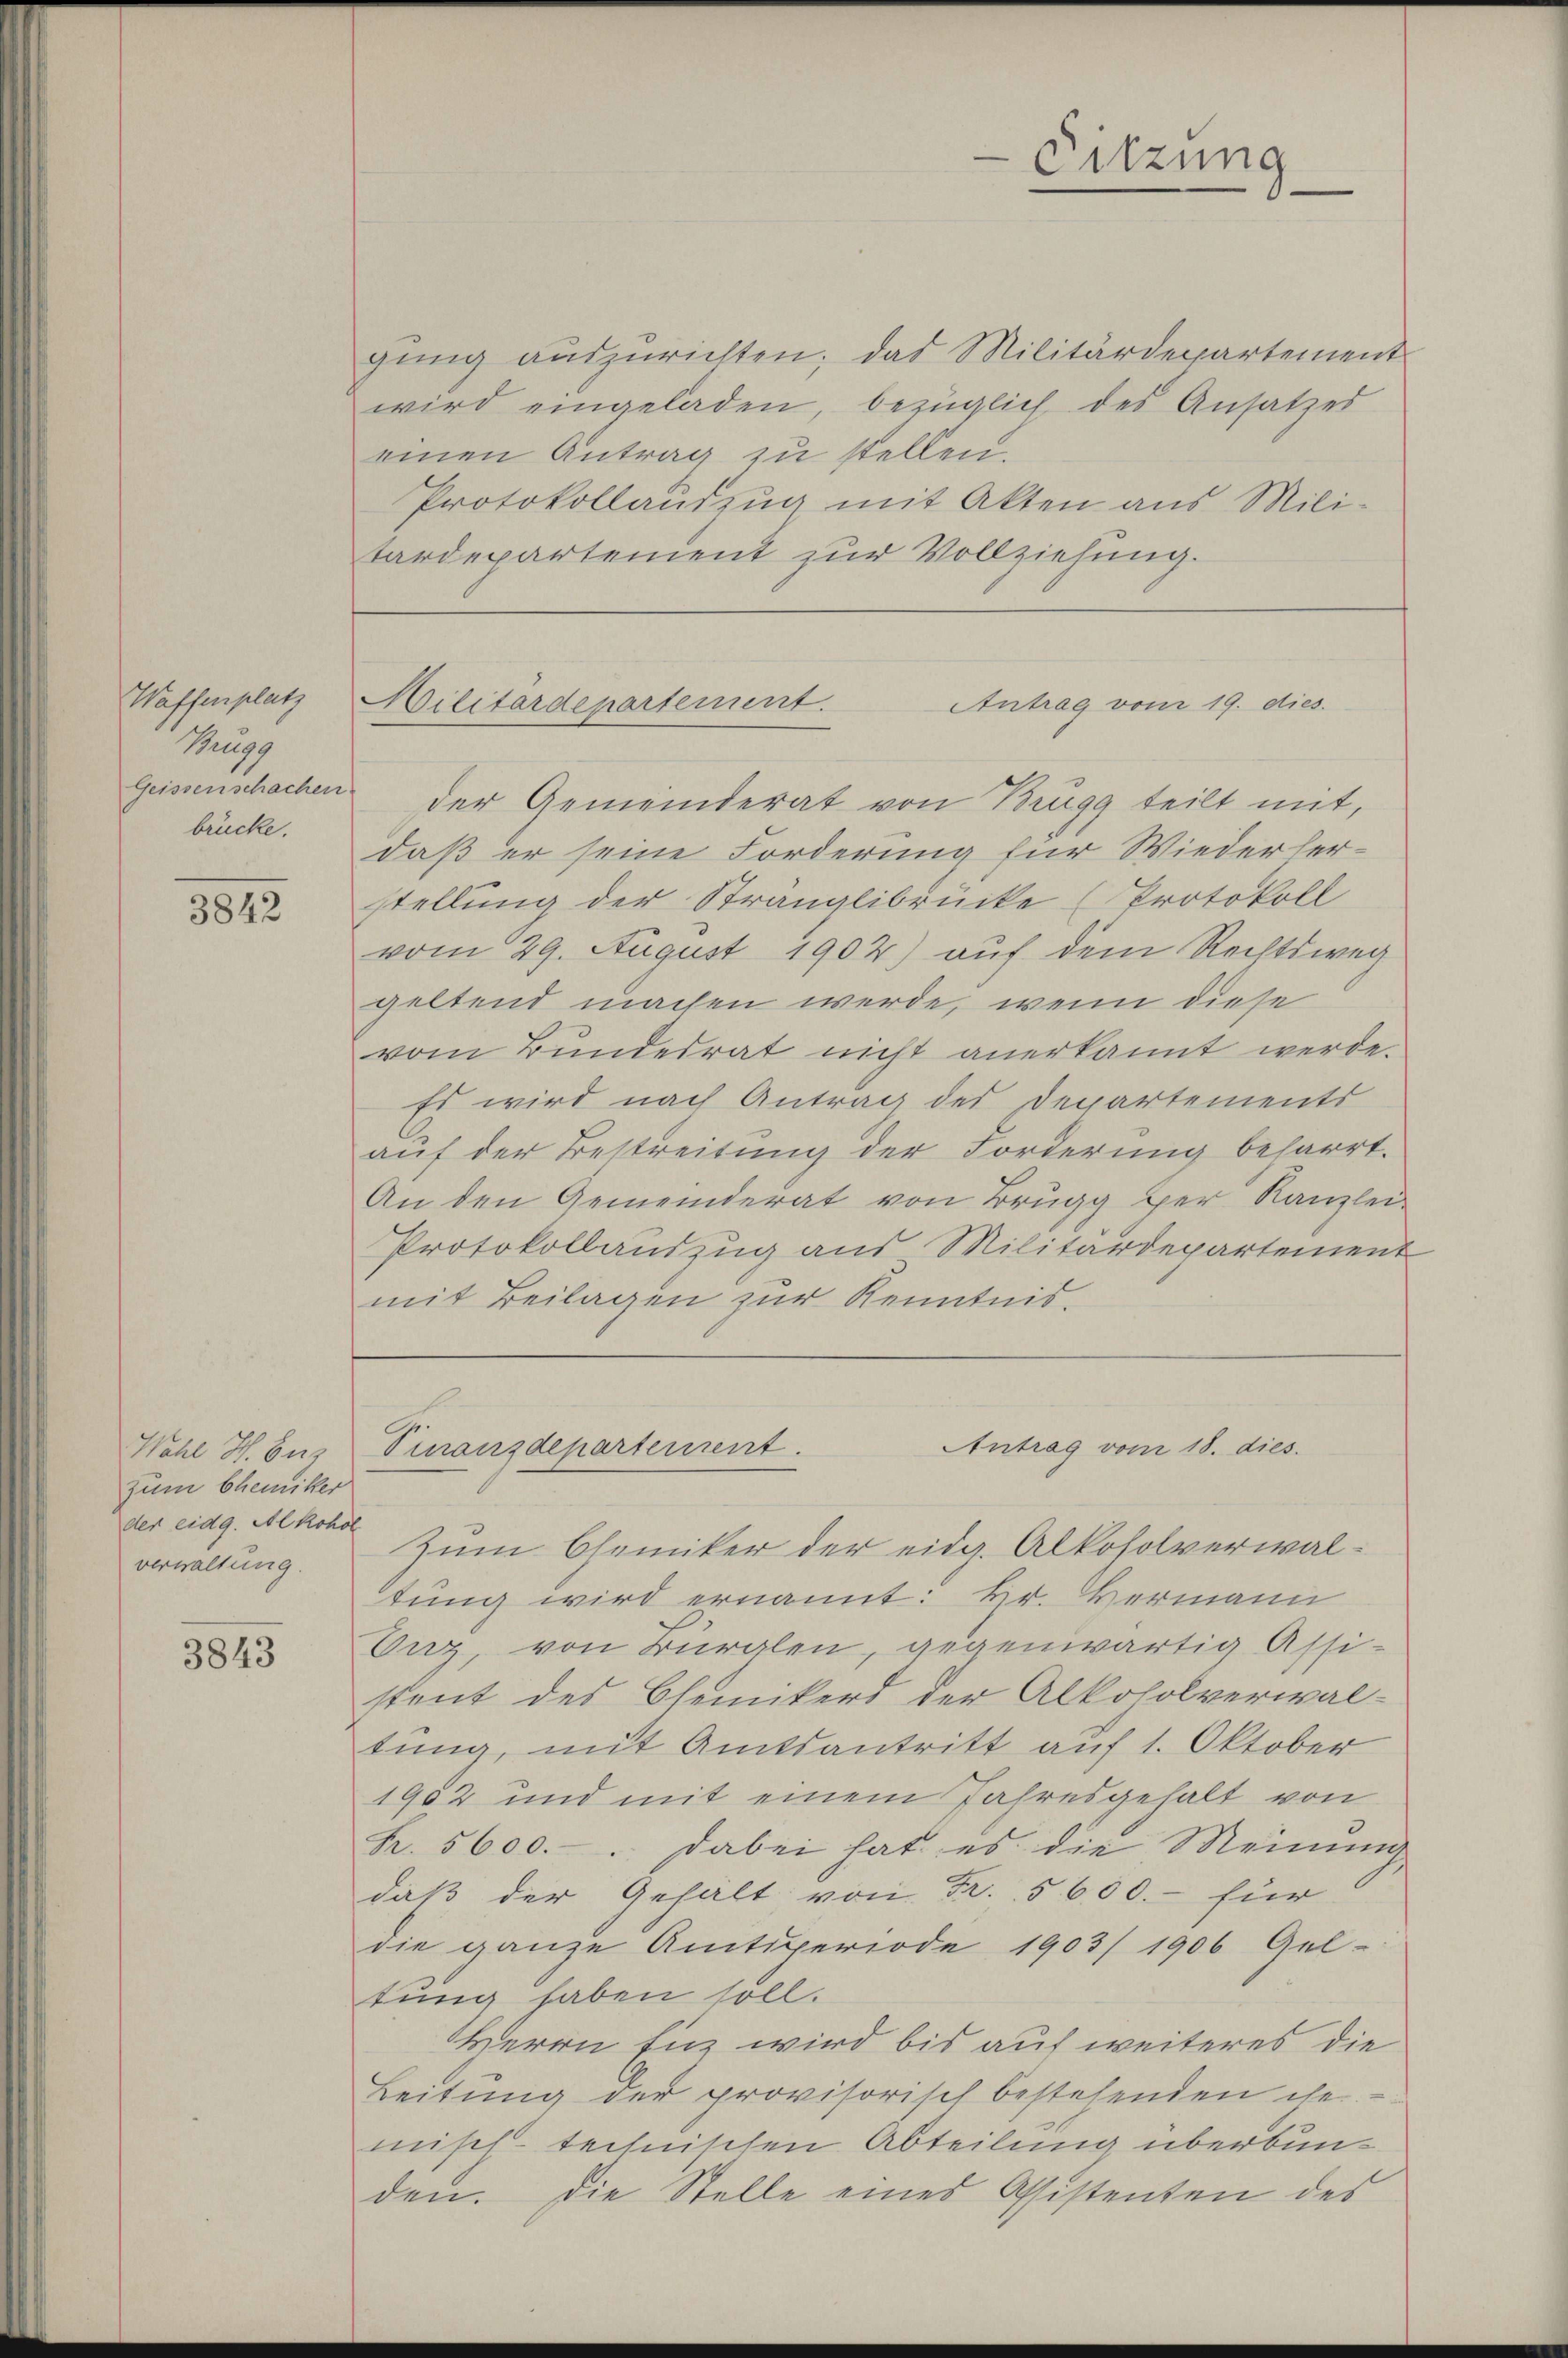
Waffenplatz
Tugg
Geissenschachen
brücke.

3842

Wahl S. Buz
zum Chemiker
der eidg. Alkohol
verwaltung.

3843

gung auszurichten; das Militärdepartement
wird eingeladen, bezüglich des Ansatzes
einen Antrag zu stellen.
Protokollauszug mit Akten aus Mili-
tardepartement zur Vollziehung.

Militärdepartement.

Sitzung

Antrag vom 19. dies
der Gemeinderat von Brügg teilt mit,
daß er seine Forderung für Wiederherstellung der Stranglibrücke (Protokoll
vom 29. August 1902) auf dem Rechtsweg
geltend machen werde, wenn diese
vom Bundesrat nicht anerkannt werde.
Es wird nach Antrag des Departements
auf der Bestreitung der Forderung beharrt.
An den Gemeinderat von Brugg her Kanzlei-
Protokollauszug aus Militärdepartement
mit Beilagen zur Kenntnis.

Antrag vom 18. dies
Pinanzdepartement.

Zum Chemiker der eidg. Alkoholverwaltung wird ernannt: Hr. Hermann
Onz, von Bürglen, gegenwärtig Assi-
stent des Chemikers der Alkoholverwal-
tung, mit Amtsantritt auf 1. Oktober
1902 und mit einem Jahresgehalt von
K. 5600. dabei hat es die Meinung
daß der Gehält, von Fr. 5600.- für
die ganze Amtsperiode 1903/ 1906 Gel-
tung haben soll.
Herrn Einz wird bis auf weiteres die
Leitung der provisorisch bestehenden che
misch-technischen Abteilung überbunden. Die Stelle eines Assistenten des